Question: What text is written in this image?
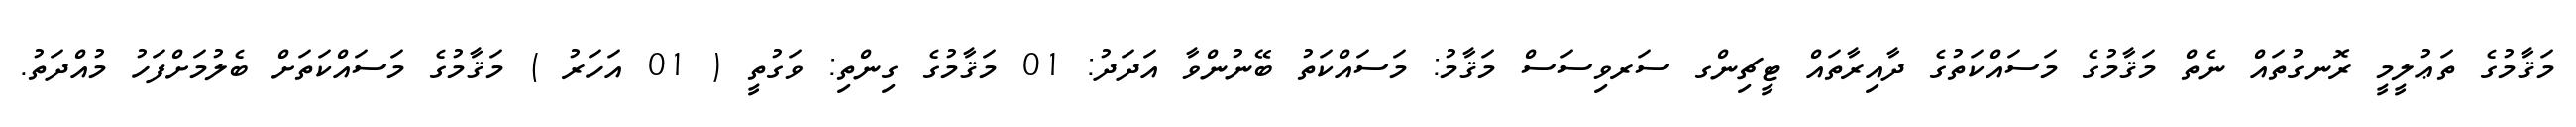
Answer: މަޤާމުގެ ތަޢުލީމީ ރޮނގުތައް ނެތް މަޤާމުގެ މަސައްކަތުގެ ދާއިރާތައް ޓީޗިންގ ސަރވިސަސް މަޤާމު: މަސައްކަތު ބޭނުންވާ އަދަދު: 01 މަޤާމުގެ ގިންތި: ވަގުތީ ( 01 އަހަރު ) މަޤާމުގެ މަސައްކަތަށް ބެލުމަށްފަހު މުއްދަތު.